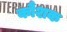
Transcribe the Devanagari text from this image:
कौशक